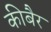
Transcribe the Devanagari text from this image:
कीबैर